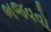
ભજવવો